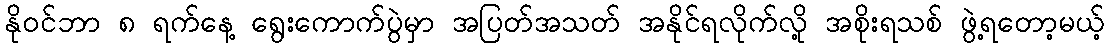
နိုဝင်ဘာ ၈ ရက်နေ့ ရွေးကောက်ပွဲမှာ အပြတ်အသတ် အနိုင်ရလိုက်လို့ အစိုးရသစ် ဖွဲ့ရတော့မယ့်